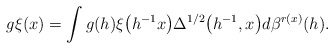
\begin{gather*}g\xi(x)=\int g(h)\xi\big(h^{-1}x\big)\Delta^{1/2}\big(h^{-1}, x\big)d\beta^{r(x)}(h).\end{gather*}